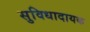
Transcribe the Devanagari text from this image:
सुविधादायक